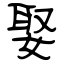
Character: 娶